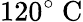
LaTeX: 120^{\circ}~\mathrm{C}